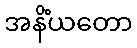
အနိံယတော